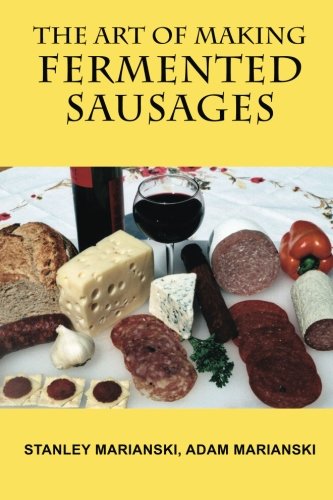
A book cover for The Art of Making Fermented Sausages; Stanley Marianski; Reference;